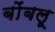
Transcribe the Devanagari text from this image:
बोंबलू